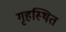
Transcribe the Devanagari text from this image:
गृहस्थित